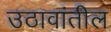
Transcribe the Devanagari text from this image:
उठावांतील